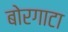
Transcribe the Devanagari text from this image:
बोरगाटा